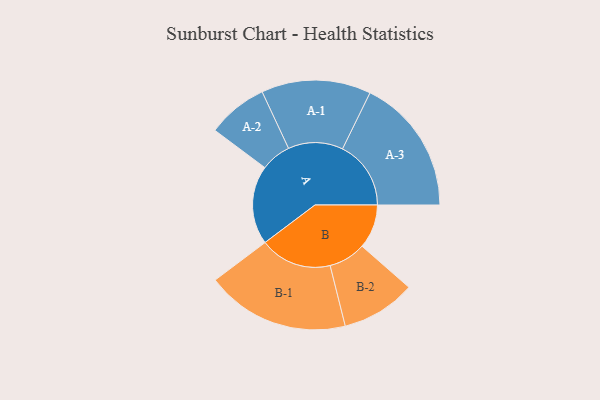
{"axis": {"x": "Segment", "y": "Value"}, "legend": ["", "A", "B"], "data": [{"x": "A", "y": 318, "type": ""}, {"x": "B", "y": 178, "type": ""}, {"x": "A-1", "y": 221, "type": "A"}, {"x": "A-2", "y": 122, "type": "A"}, {"x": "A-3", "y": 276, "type": "A"}, {"x": "B-1", "y": 290, "type": "B"}, {"x": "B-2", "y": 150, "type": "B"}]}